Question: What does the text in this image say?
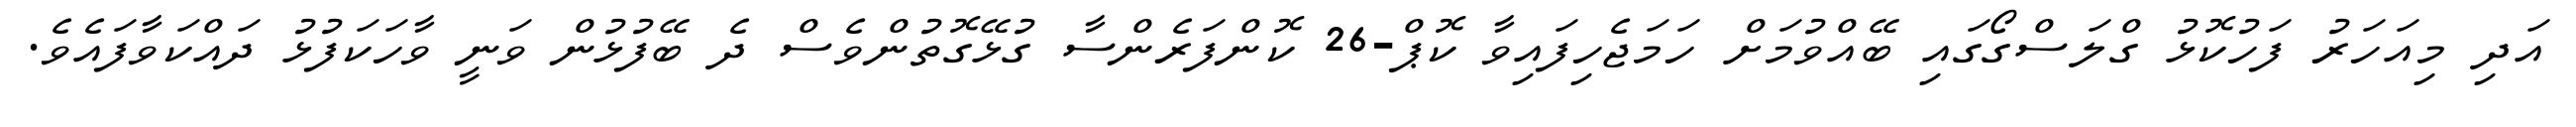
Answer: އަދި މިއަހަރު ފަހުކޮޅު ގްލަސްގޯގައި ބޭއްވުމަށް ހަމަޖެހިފައިވާ ކޮޕް-26 ކޮންފަރެންސާ ގުޅޭގޮތުންވެސް ދެ ބޭފުޅުން ވަނީ ވާހަކަފުޅު ދައްކަވާފައެވެ.